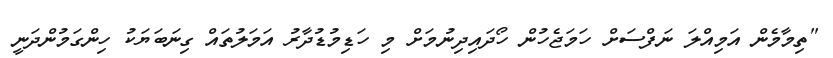
"ތިމާމެން އަމިއްލަ ނަފްސަށް ހަމަޖެހުން ހޯދައިދިނުމަށް މި ހަޑިމުޑުދާރު އަމަލުތައް ގިނަބަޔަކު ހިންގަމުންދަނީ